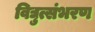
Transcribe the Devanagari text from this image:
विद्युत्संभरण